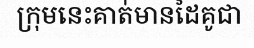
ក្រុមនេះគាត់មានដៃគូជា